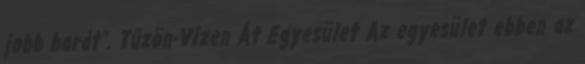
jobb barát”. Tűzön-Vízen Át Egyesület Az egyesület ebben az